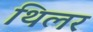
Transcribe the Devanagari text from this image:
थिलर